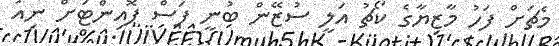
މެޗަށް ފަހު މާޒިޔާގެ ކޯޗު އަލީ ސުޒޭން ބުނީ ފަސް ޕޮއިންޓަށް ނިއު